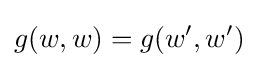
g(w,w)=g(w',w')